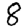
Digit: 8